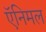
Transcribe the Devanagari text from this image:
ऍनिमल